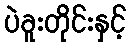
ပဲခူးတိုင်းနှင့်